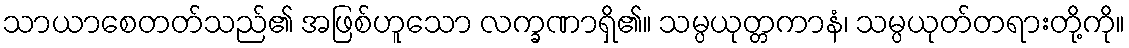
သာယာစေတတ်သည်၏ အဖြစ်ဟူသော လက္ခဏာရှိ၏။ သမ္ပယုတ္တကာနံ၊ သမ္ပယုတ်တရားတို့ကို။